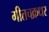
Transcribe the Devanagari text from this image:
गीतचक्रधर